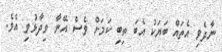
ނާދެވި އެތައް ބަޔަކު އެބަ ތިބި ކަމަށް ވެސް އޭނާ ވިދާޅުވި އެވެ.